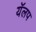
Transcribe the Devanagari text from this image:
यॅलप